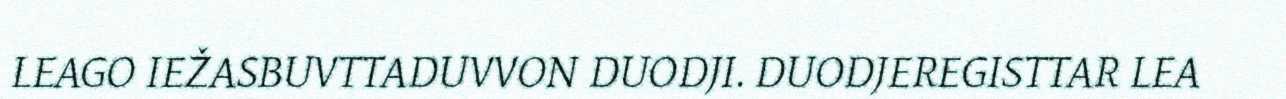
LEAGO IEŽASBUVTTADUVVON DUODJI. DUODJEREGISTTAR LEA